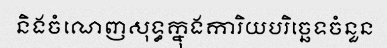
និងចំណេញសុទ្ធក្នុងការិយបរិច្ឆេទចំនួន